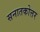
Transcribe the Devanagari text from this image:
सनातकोत्तर